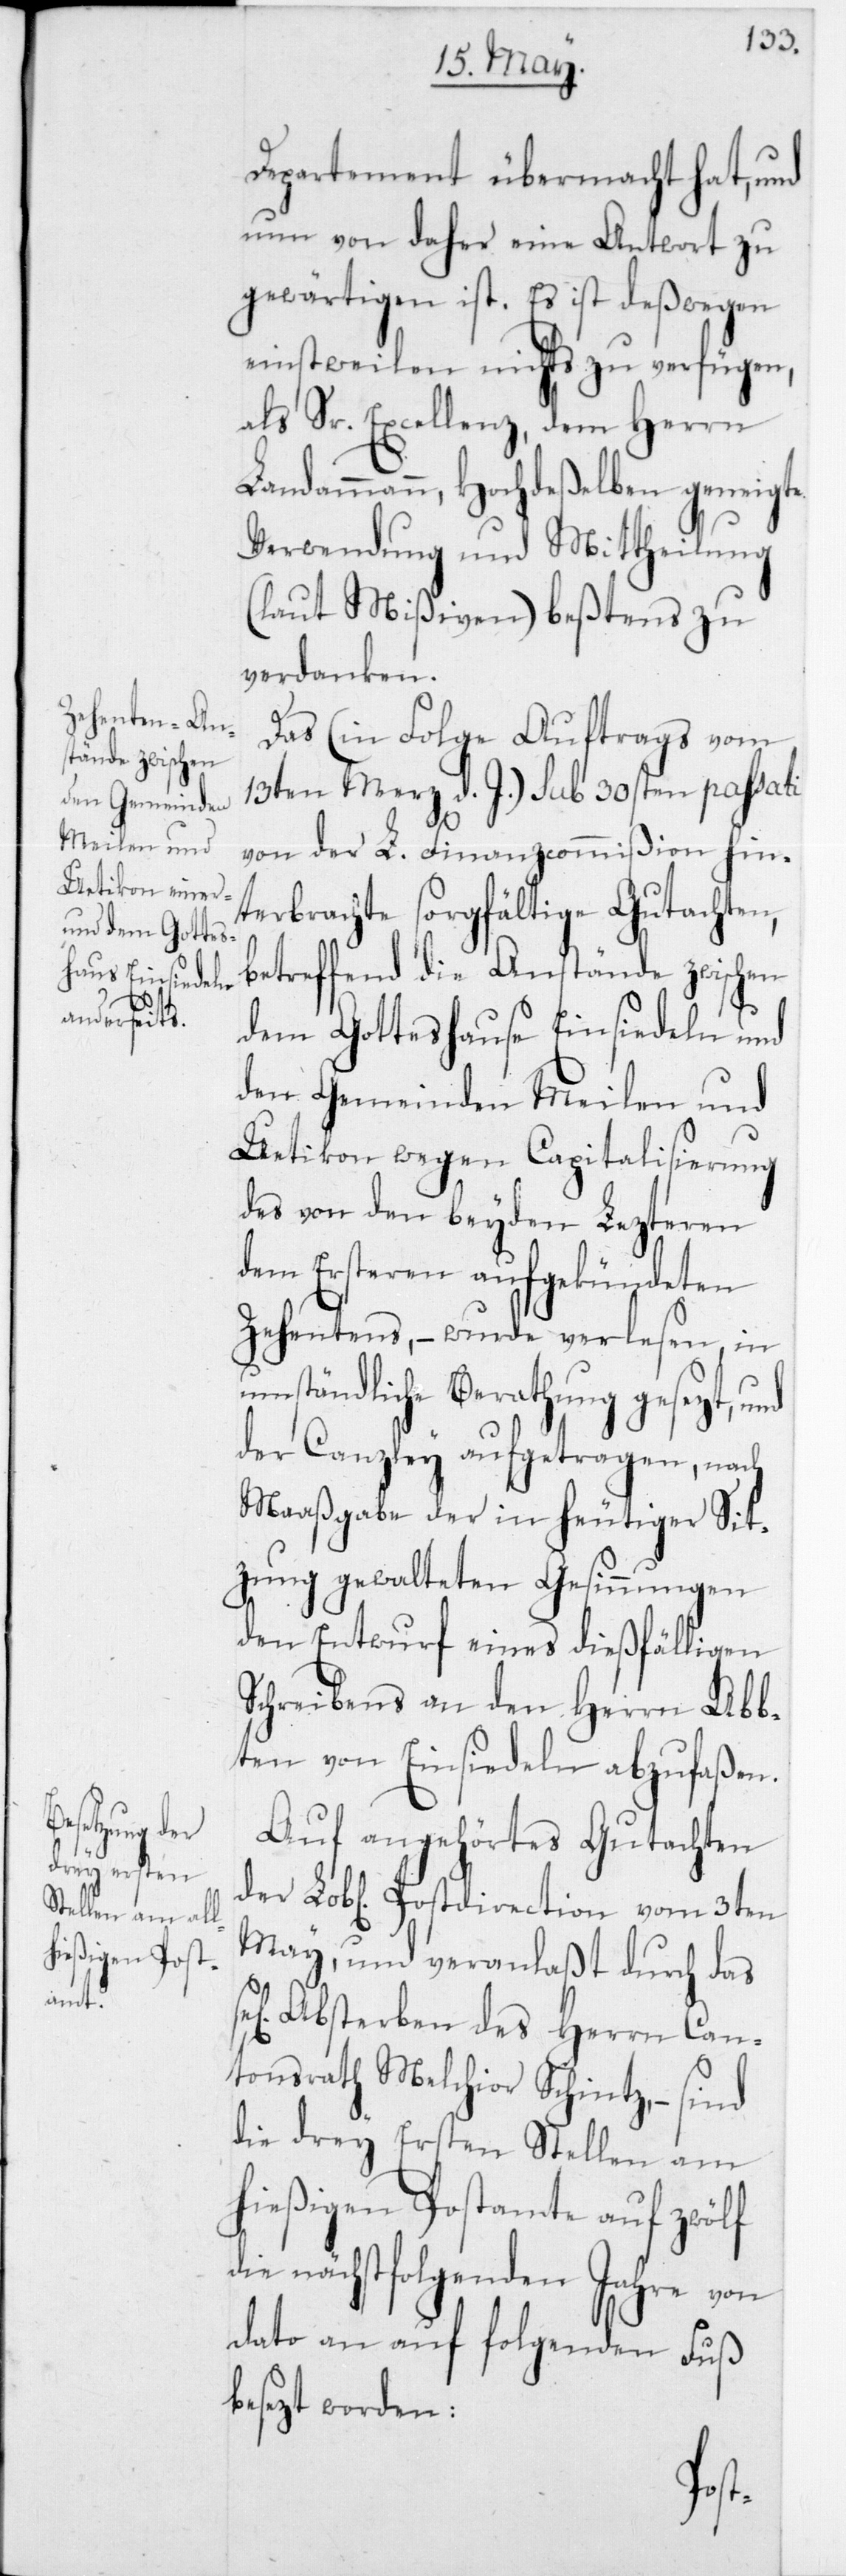
Departement übermacht hat, und
nun von daher eine Antwort zu
gewärtigen ist. Es ist deßwegen
einstweilen nichts zu verfügen,
als Sr. ,Excellenz dem Herrn
Landammann, Hochdeßelben geneigte
Verwendung und Mittheilung
(laut Mißiven) beßtens zu
verdanken.
Das (in Folge Auftrags vom
13ten Merz d. J.) sub 30sten passati
von der L. Finanzcommißion hin¬
terbrachte sorgfältige Gutachten,
betreffend die Anstände zwischen
dem Gotteshause Einsiedeln und
den Gemeinden Meilen und
Uetikon wegen Capitalisierung
des von den beiden Lezteren
dem Ersteren aufgekündeten
Zehentens, wurde verlesen, in
umständliche Berathung gesezt, und
der Canzley aufgetragen, nach
Maaßgabe der in heutiger Sit¬
zung gewalteten Gesinnungen
den Entwurf eines dießfälligen
Schreibens an den Herrn Abb¬
ten von Einsiedeln abzufaßen.
Auf angehörtes Gutachten
der Lobl. Postdirection vom 3ten
May, und veranlaßt durch das
sel. Absterben des Herrn Can¬
tonsrath Melchior Schintz, – sind
die drey Ersten Stellen am
hießigen Postamte auf zwölf
die nächstfolgenden Jahre von
dato an auf folgenden Fuß
besezt worden: